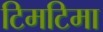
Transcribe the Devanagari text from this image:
टिमटिमा